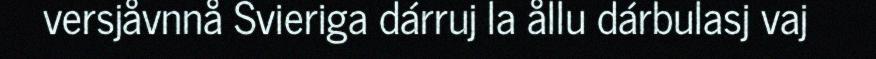
versjåvnnå Svieriga dárruj la ållu dárbulasj vaj